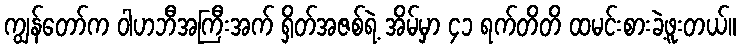
ကျွန်တော်က ဝါဟဘီအကြီးအက် ရှိတ်အဇစ်ရဲ့ အိမ်မှာ ၄၁ ရက်တိတိ ထမင်းစားခဲ့ဖူးတယ်။